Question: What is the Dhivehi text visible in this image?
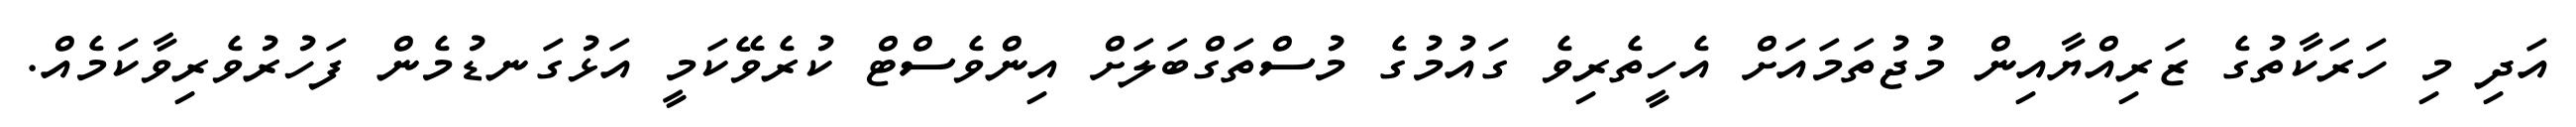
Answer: އަދި މި ހަރަކާތުގެ ޒަރިއްޔާއިން މުޖުތަމައަށް އެހީތެރިވެ ގައުމުގެ މުސްތަގްބަލަށް އިންވެސްޓް ކުރެވޭކަމީ އަޅުގަނޑުމެން ފަހުރުވެރިވާކަމެއް.